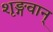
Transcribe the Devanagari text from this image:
शृङ्गवान्